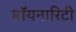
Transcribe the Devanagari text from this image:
मॉयनारिटी